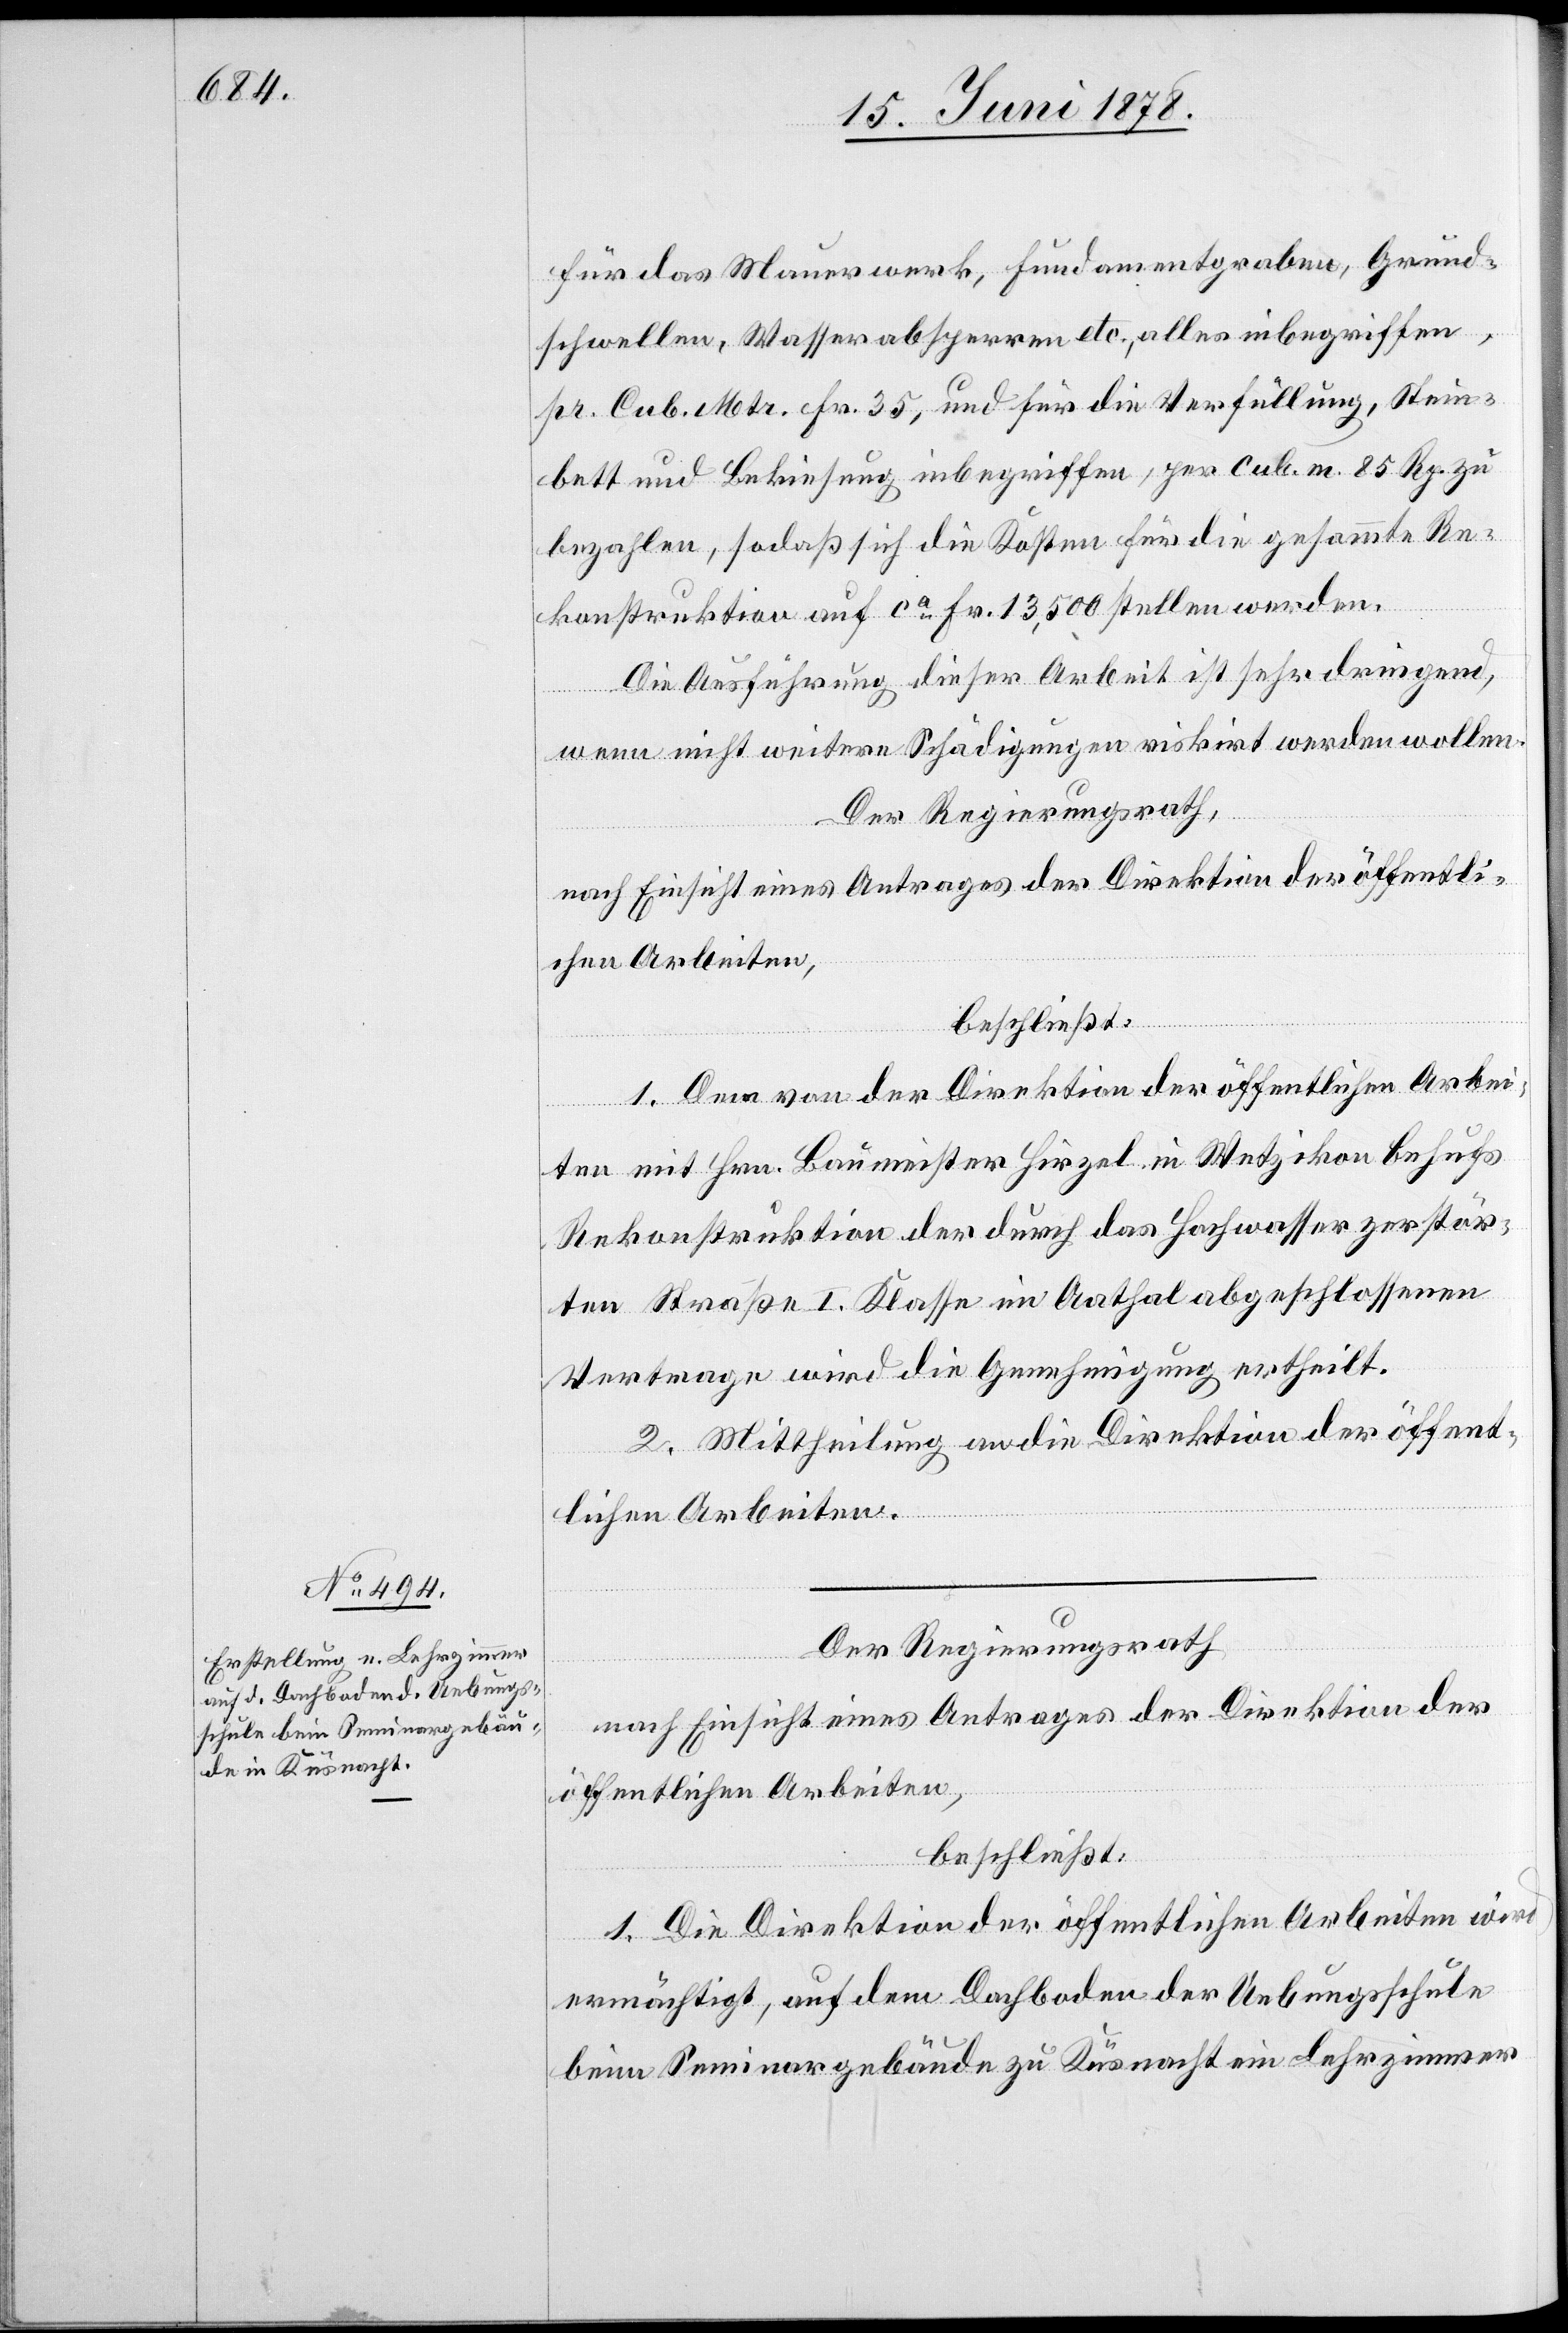
für das Mauerwerk, Fundamentgraben, Grund¬
schwellen, Wasserabsperren etc., alles inbegriffen,
pr. Cub. Mtr. Fr. 35, und für die Verfüllung, Stein¬
bett und Bekiesung inbegriffen, per cub. m. 85 Rp. zu
bezahlen, sodaß sich die Kosten für die gesammte Re¬
konstruktion auf ca Fr. 13,500 stellen werden.
Die Ausführung dieser Arbeit ist sehr dringend,
wenn nicht weitere Schädigungen riskirt werden wollen.
Der Regierungsrath,
nach Einsicht eines Antrages der Direktion der öffentli¬
chen Arbeiten,
beschließt:
1. Dem von der Direktion der öffentlichen Arbei¬
ten mit Hrn. Baumeister Hirzel in Wetzikon behufs
Rekonstruktion der durch das Hochwasser zerstör¬
ten Straße I. Klasse im Aathal abgeschlossenen
Vertrage wird die Genehmigung ertheilt.
2. Mittheilung an die Direktion der öffent¬
lichen Arbeiten.
Der Regierungsrath
nach Einsicht eines Antrages der Direktion der
öffentlichen Arbeiten,
beschließt:
1. Die Direktion der öffentlichen Arbeiten wird
ermächtigt, auf dem Dachboden der Uebungsschule
beim Seminargebäude zu Küsnacht ein Lehrzimmer